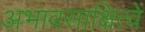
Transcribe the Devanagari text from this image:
अभावसाक्षित्वें